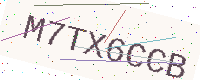
Text: M7TX6CCB